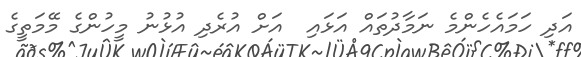
އަދި ހަމައެހެންމެ ނަމާދުތައް އަޅައި  އަށް އުރެދި އުޅުނު މީހުންގެ މޭމަތީގެ